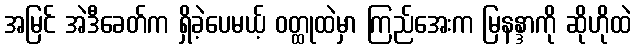
အမြင် အဲဒီခေတ်က ရှိခဲ့ပေမယ့် ဝတ္ထုထဲမှာ ကြည်အေးက မြနန္ဒာကို ဆိုဟိုထဲ